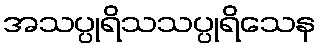
အသပ္ပုရိသသပ္ပုရိသေန